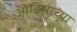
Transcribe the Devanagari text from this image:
ओडिसाच्या